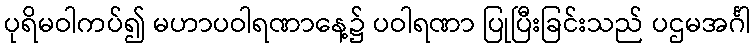
ပုရိမဝါကပ်၍ မဟာပဝါရဏာနေ့၌ ပဝါရဏာ ပြုပြီးခြင်းသည် ပဌမအင်္ဂါ